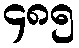
၄၈၅